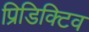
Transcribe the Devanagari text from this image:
प्रिडिक्टिव